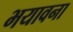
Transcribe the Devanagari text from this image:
भयावना